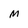
Character: M